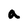
Character: a